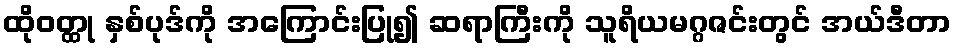
ထိုဝတ္ထု နှစ်ပုဒ်ကို အကြောင်းပြု၍ ဆရာကြီးကို သူရိယမဂ္ဂဇင်းတွင် အယ်ဒီတာ